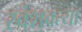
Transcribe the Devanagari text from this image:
स्वंशवत्या